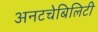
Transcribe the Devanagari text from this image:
अनटचेबिलिटी